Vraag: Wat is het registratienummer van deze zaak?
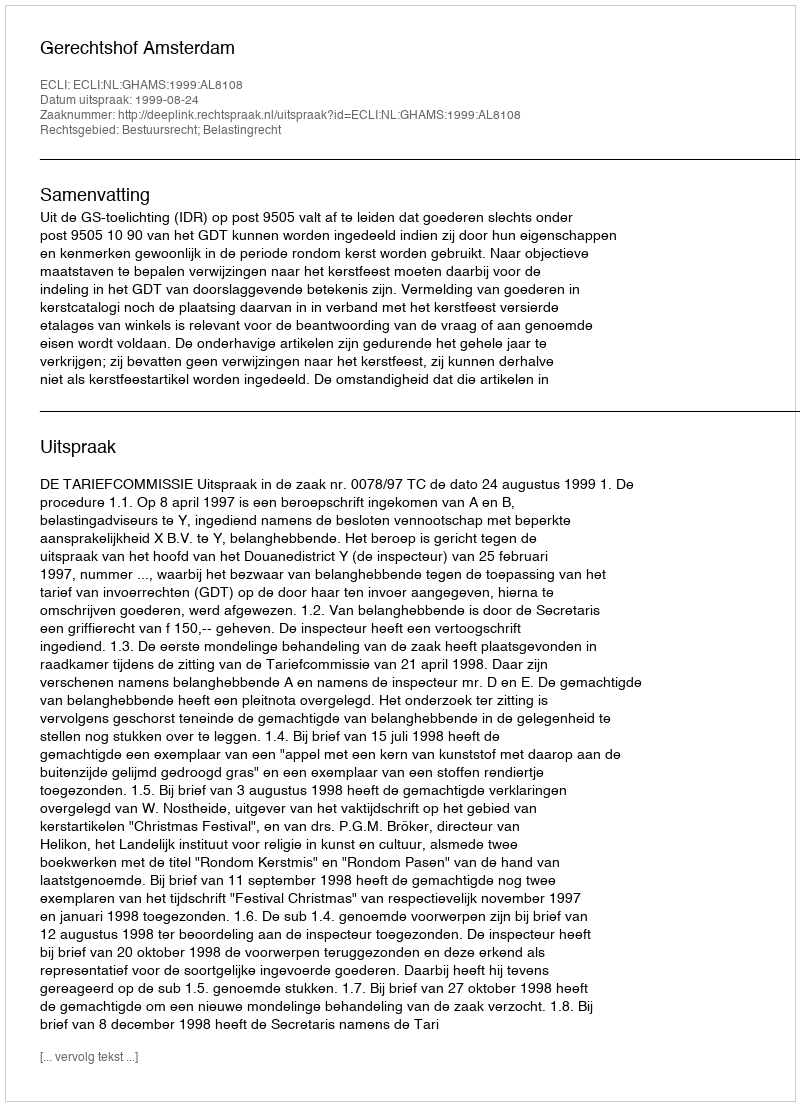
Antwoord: http://deeplink.rechtspraak.nl/uitspraak?id=ECLI:NL:GHAMS:1999:AL8108